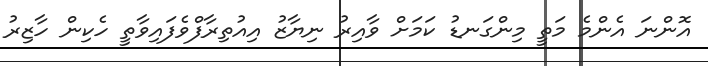
އޮންނަ އެންމެ މަތީ މިންގަނޑު ކަމަށް ވާއިރު ނިޔާޒު އިއުތިރާފްވެފައިވާތީ ހެކިން ހާޒިރު